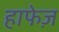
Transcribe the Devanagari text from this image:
हाफेज़